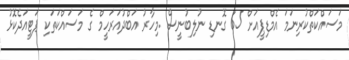
މަސައްކަތްކުރިނަމަ އެމްޑިޕީއަށް 65 ގޮނޑި ނުލިބުނީސް .މިހާރު އަބްދުއަރަހީމް ގެ މަސައްކަތަކި ޕަޓީއަދެކޮޅު